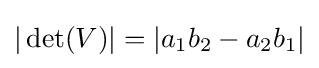
|\det(V)|=|a_{1}b_{2}-a_{2}b_{1}|